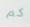
كم